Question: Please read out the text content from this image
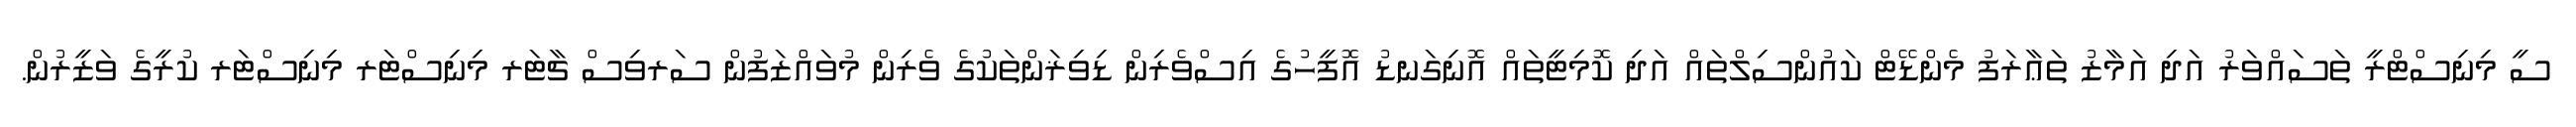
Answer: ސީ މިނިސްޓްރީ ތަސައްވަރު އަދި އަމާޒު ތަޢާރަފު މެންޑޭޓް ކައުންސިލްތައް އަދި ކޮމިޓީތައް އޮނިގަނޑު އޮފީހުގެ އިސްވެރިން ޑިވިޜަންތަކުގެ ވެރިން މުވައްޒަފުން ސަރވިސް ޗާޓަރ މިނިސްޓަރ މިނިސްޓަރ ކުރީގެ ވަޒީރުން.